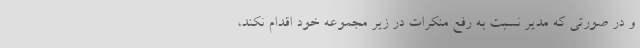
و در صورتی که مدیر نسبت به رفع منکرات در زیر مجموعه خود اقدام نکند،